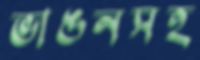
ভাঙনসহ